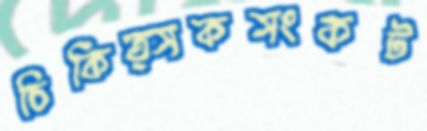
চিকিত্সকসংকট